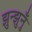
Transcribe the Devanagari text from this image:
झुन्झुनुँ